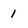
Character: 1